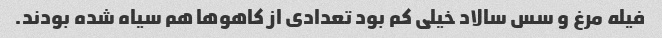
فیله مرغ و سس سالاد خیلی کم بود تعدادی از کاهوها هم سیاه شده بودند.